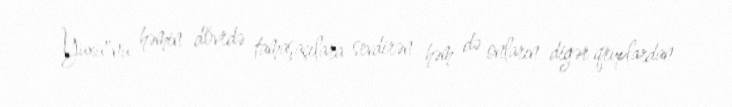
Yuxu"nu həmin dövrdə tamaşaçılara sevdirən həm də onların digər qruplardan